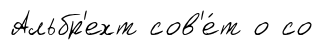
Альбр'ехт сов'е́т о со